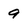
Character: 9